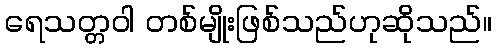
ရေသတ္တဝါ တစ်မျိုးဖြစ်သည်ဟုဆိုသည်။